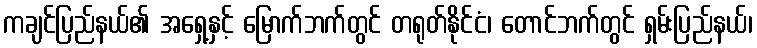
ကချင်ပြည်နယ်၏ အရှေ့နှင့် မြောက်ဘက်တွင် တရုတ်နိုင်ငံ၊ တောင်ဘက်တွင် ရှမ်းပြည်နယ်၊